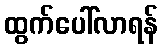
ထွက်ပေါ်လာရန်